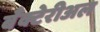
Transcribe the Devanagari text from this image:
बँक्टेरीअल